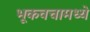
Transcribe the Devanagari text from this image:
भूकवचामध्ये